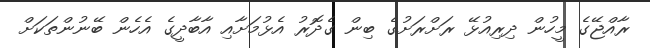
ރާއްޖޭގެ މީހުން ދިރިއުޅޭ ރަށްރަށުގެ ބިން ގެދޮރު އެޅުމަށާއި އާބާދީގެ އެހެން ބޭނުންތަކަށް